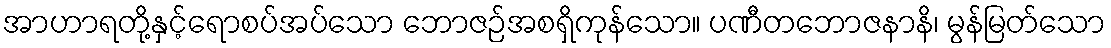
အာဟာရတို့နှင့်ရောစပ်အပ်သော ဘောဇဉ်အစရှိကုန်သော။ ပဏီတဘောဇနာနိ၊ မွန်မြတ်သော